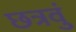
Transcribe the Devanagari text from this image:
छत्रवुं